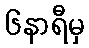
၆နာရီမှ